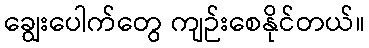
ချွေးပေါက်တွေ ကျဉ်းစေနိုင်တယ်။